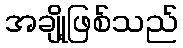
အချို့ဖြစ်သည်